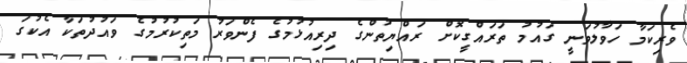
ވެރިކަމާ ހަވާލުވަނީ ގައުމު ތަރައްގީކޮށް ރައްޔިތުންގެ ދިރިއުޅުމުގެ ފެންވަރު މަތިކުރުމުގެ ވައުދުތަކާ އެކުގަ